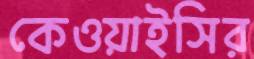
কেওয়াইসির